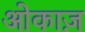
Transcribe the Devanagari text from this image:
ओकाज़